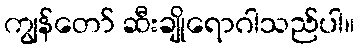
ကျွန်တော် ဆီးချိုရောဂါသည်ပါ။